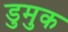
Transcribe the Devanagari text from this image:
डुमुक